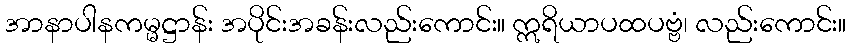
အာနာပါနကမ္မဋ္ဌာန်း အပိုင်းအခန်းလည်းကောင်း။ ဣရိယာပထပဗ္ဗံ၊ လည်းကောင်း။